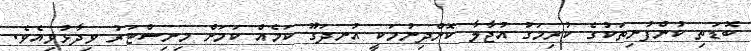
ބޮޑަތި ކުންފުނިތަކުގެ ކުރިމަގު އުޖާލާ ކޮށްދިނުމަކީ އުނދަގޫ ކަމެއް ކަމަށް މިނިސްޓަރު ވިދާޅުވިއެވެ.